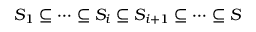
S _ { 1 } \subseteq \cdots \subseteq S _ { i } \subseteq S _ { i + 1 } \subseteq \cdots \subseteq S